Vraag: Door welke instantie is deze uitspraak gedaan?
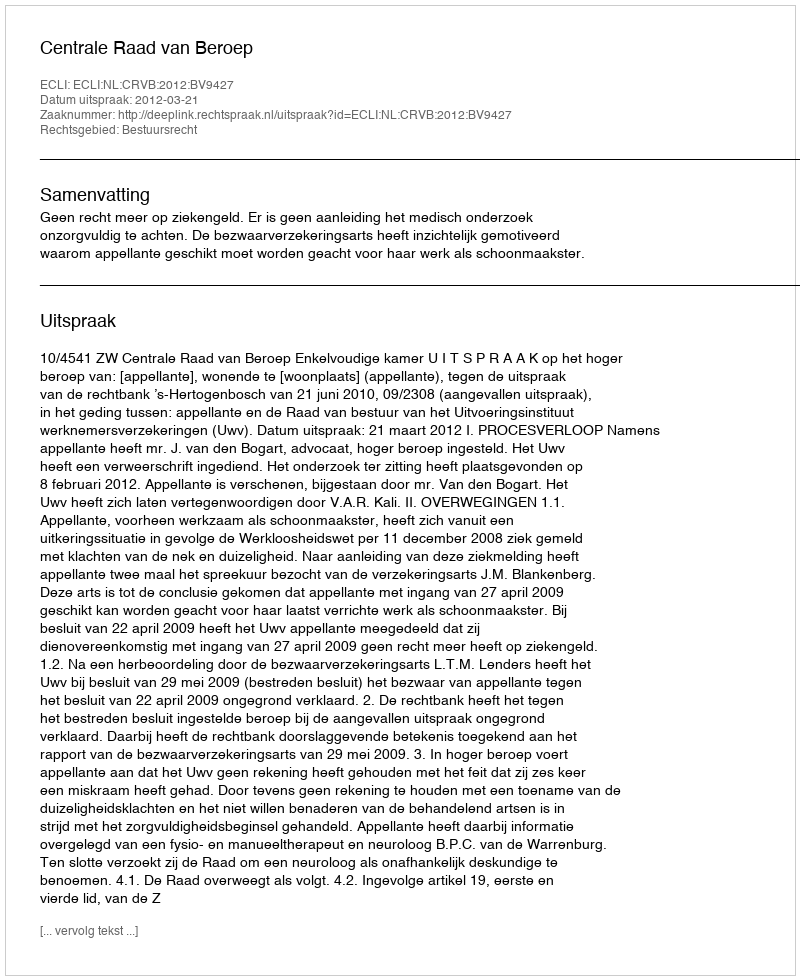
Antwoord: Centrale Raad van Beroep